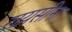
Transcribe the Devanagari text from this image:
राय़सीना